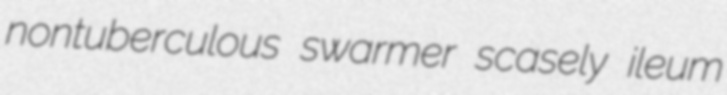
nontuberculous swarmer scasely ileum